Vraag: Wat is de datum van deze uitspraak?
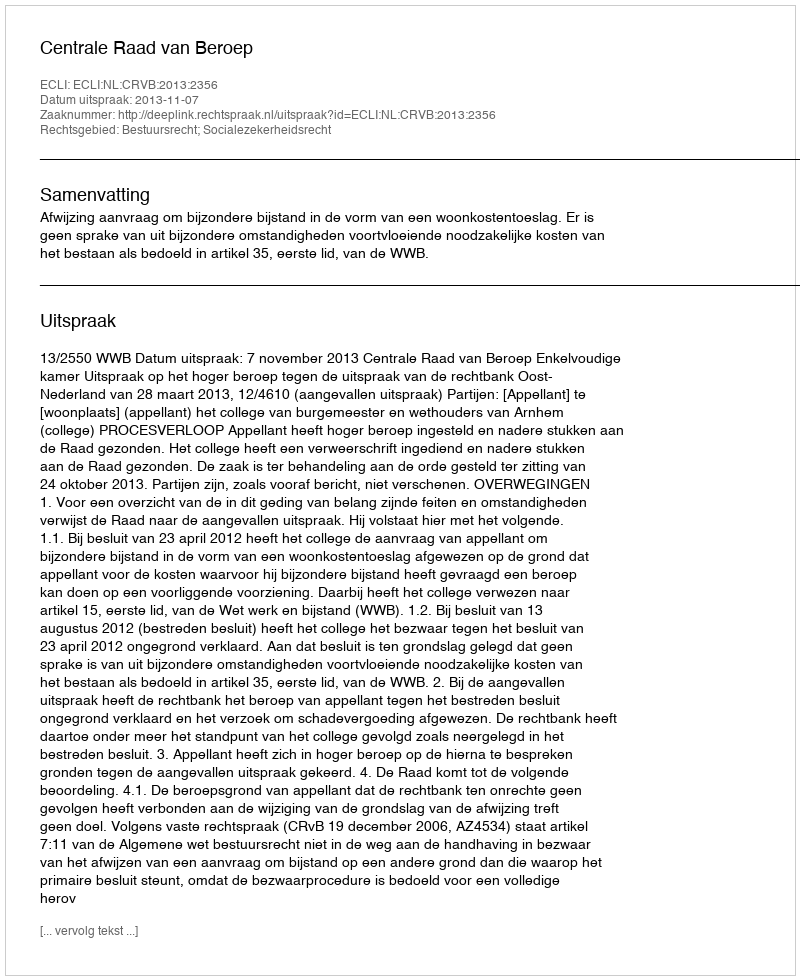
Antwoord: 2013-11-07